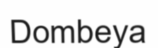
Dombeya